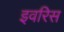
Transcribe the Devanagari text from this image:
इवरिस